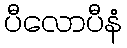
ပီလောပီနံ